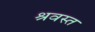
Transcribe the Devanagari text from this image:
श्रवस्त